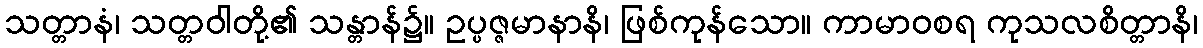
သတ္တာနံ၊ သတ္တဝါတို့၏ သန္တာန်၌။ ဥပ္ပဇ္ဇမာနာနိ၊ ဖြစ်ကုန်သော။ ကာမာဝစရ ကုသလစိတ္တာနိ၊